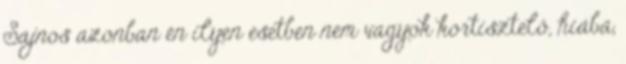
Sajnos azonban én ilyen esetben nem vagyok kortisztelő, hiába,